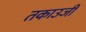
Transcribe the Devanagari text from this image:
तकाउजी